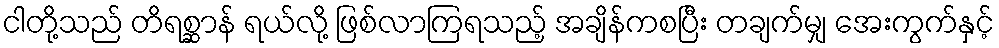
ငါတို့သည် တိရစ္ဆာန် ရယ်လို့ ဖြစ်လာကြရသည့် အချိန်ကစပြီး တချက်မျှ အေးကွက်နှင့်